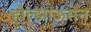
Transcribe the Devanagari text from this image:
होल्झाऊसेन